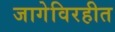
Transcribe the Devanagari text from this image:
जागेविरहीत